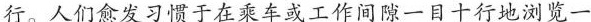
行。人们愈发习惯于在乘车或工作间隙一目十行地浏览一